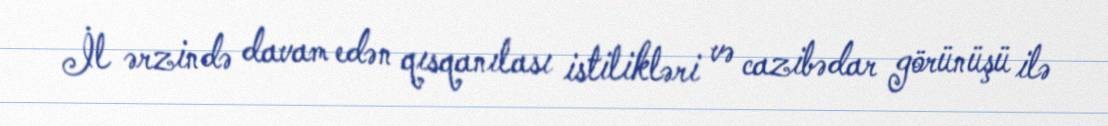
İl ərzində davam edən qısqanılası istilikləri və cazibədar görünüşü ilə